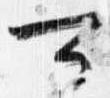
可